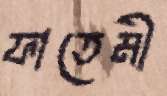
ফাতেমী